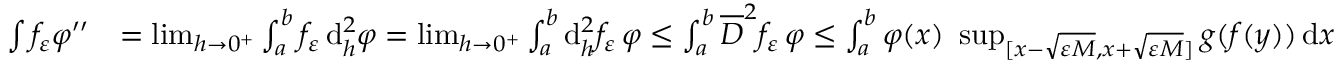
\begin{array} { r l } { \int f _ { \varepsilon } \varphi ^ { \prime \prime } } & { = \operatorname* { l i m } _ { h \to 0 ^ { + } } \int _ { a } ^ { b } f _ { \varepsilon } \, \mathrm { d } _ { h } ^ { 2 } \varphi = \operatorname* { l i m } _ { h \to 0 ^ { + } } \int _ { a } ^ { b } \mathrm { d } _ { h } ^ { 2 } f _ { \varepsilon } \, \varphi \le \int _ { a } ^ { b } \overline { { D } } ^ { 2 } f _ { \varepsilon } \, \varphi \le \int _ { a } ^ { b } \varphi ( x ) \, \, \operatorname* { s u p } _ { [ x - \sqrt { \varepsilon M } , x + \sqrt { \varepsilon M } ] } g ( f ( y ) ) \ensuremath { \, \mathrm d } x } \end{array}